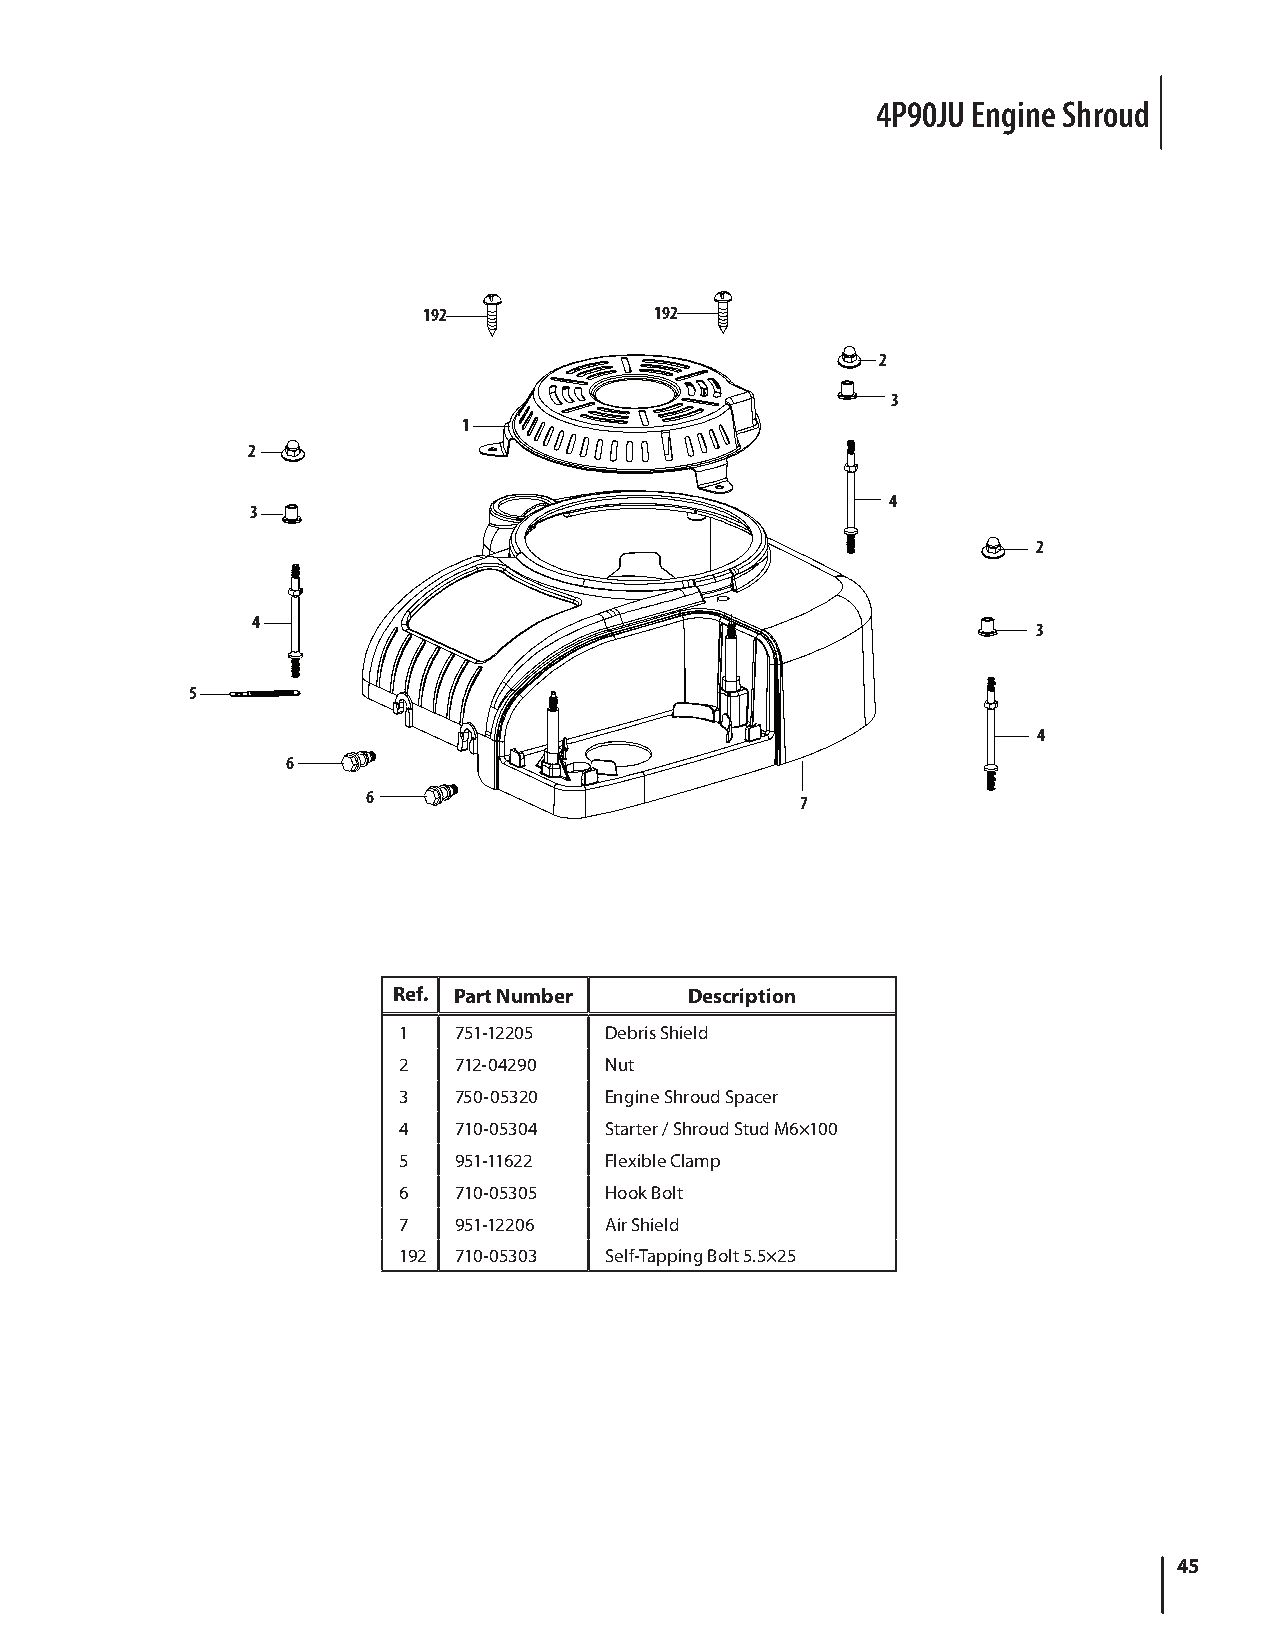
4P90JU Engine Shroud
 192            192
 2
 3
 1
 2
 4
 3
 2
 4
 3
 5
 4
 6
 6                            7
 Ref. Part Number    Description
 1   751-12205 Debris Shield
 2   712-04290 Nut
 3   750-05320 Engine Shroud Spacer
 4   710-05304 Starter / Shroud Stud M6×100
 5   951-11622 Flexible Clamp
 6   710-05305 Hook Bolt
 7   951-12206 Air Shield
 192 710-05303 Self-Tapping Bolt 5.5×25
 45